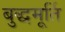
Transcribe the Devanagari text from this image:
बुद्धमूर्ति